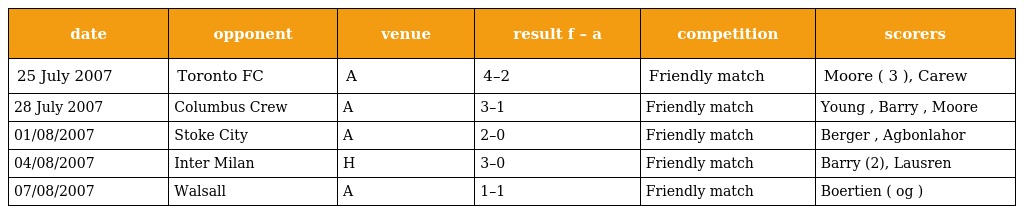
| date | opponent | venue | result f – a | competition | scorers |
 | --- | --- | --- | --- | --- | --- |
 | 25 July 2007 | Toronto FC | A | 4–2 | Friendly match | Moore ( 3 ), Carew |
 | 28 July 2007 | Columbus Crew | A | 3–1 | Friendly match | Young , Barry , Moore |
 | 01/08/2007 | Stoke City | A | 2–0 | Friendly match | Berger , Agbonlahor |
 | 04/08/2007 | Inter Milan | H | 3–0 | Friendly match | Barry (2), Lausren |
 | 07/08/2007 | Walsall | A | 1–1 | Friendly match | Boertien ( og ) |